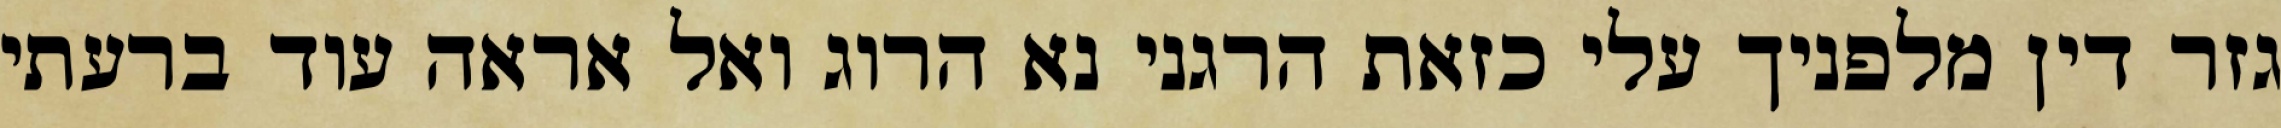
גזר דין מלפניך עלי כזאת הרגני נא הרוג ואל אראה עוד ברעתי